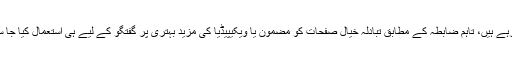
مجھے خوشی ہے کہ آپ بزعم خویش ایک اہم موضوع پر گفتگو کر رہے ہیں، تاہم ضابطہ کے مطابق تبادلہ خیال صفحات کو مضمون یا ویکیپیڈیا کی مزید بہتری پر گفتگو کے لیے ہی استعمال کیا جا سکتا ہے جو معتبر مآخذ سے مستفاد اور اصول ضوابط کے مطابق ہو۔